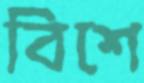
বিশে